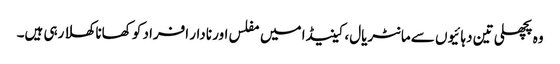
وہ پچھلی تین دہائیوں سے مانٹریال، کینیڈا میں مفلس اور نادار افراد کو کھانا کھلا رہی ہیں۔